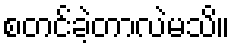
စတင်ခဲ့တာလဲမသိ။